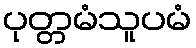
ပုတ္တမံသူပမံ